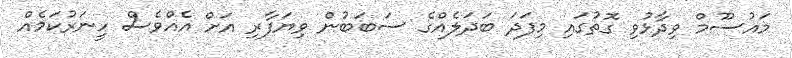
މައުސޫމް ވިދާޅުވި ގޮތުގައި މިފަދަ ބަދަލެއްގެ ސަބަބުން ވިޔަފާރި އަށް އެއްވެސް ހީނަރުކަމެއް